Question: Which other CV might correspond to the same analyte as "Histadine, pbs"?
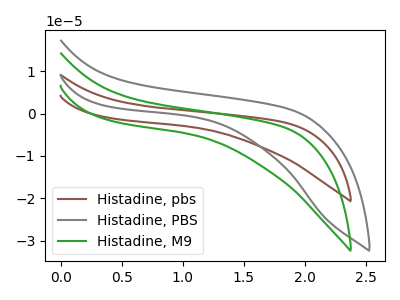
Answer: <think>The brown curve "Histadine, pbs" has no peaks. The gray curve "Histadine, PBS" has no peaks. The green curve "Histadine, M9" has no peaks.
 Neither "Histadine, pbs" or "Histadine, PBS" have any peaks. Neither "Histadine, pbs" or "Histadine, M9" have any peaks. Neither "Histadine, PBS" or "Histadine, M9" have any peaks.</think>
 <answer>"Histadine, pbs" and "Histadine, PBS" have a similar shape to "Histadine, M9".</answer>
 <eval>"Histadine, pbs" "Histadine, PBS"</eval>